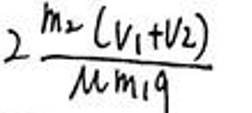
\(2\frac{m_2 ( v _ { 1 } + v _ { 2 } )}{\mu m _ { 1 } g}\)